Annual report of the Prince of Wales Medical College, Patna
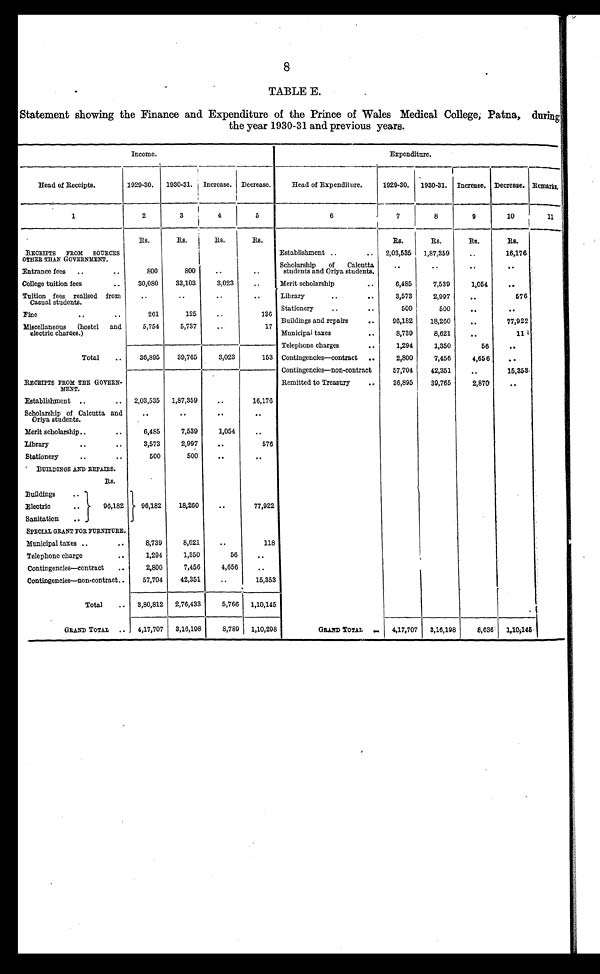
8
TABLE E.
Statement showing the Finance and Expenditure of the Prince of Wales Medical College, Patna, during
the year 1930-31 and previous years.
Income.
Expenditure.
Head of Receipts.
1929-30.
1930-31. Increase. Decrease.
Head of Expenditure.
1929-30.
1930-31. Increase. Decrease. Remarks.
1
2
3
4
5
6
7
8
9
10
1 1
Rs.
Rs.
Rs.
Rs.
Rs.
Rs.
Rs.
Rs.
RECEIPTS
FROM
SOURCES
OTHER THAN GOVERNMENT.
Establishment ..
..
2,03,535
1,87,359
..
16,176
Entrance fees
..
..
800
800
..
..
Scholarship
of
Calcutta
students and Oriya students.
..
..
..
. .
College tuition fees
..
30,080
33,103
3,023
. .
Merit scholarship
..
6,485
7,539
1,054
..
Tuition fees realised from
Casual students.
..
..
..
. .
Library
..
..
3,573
2,997
..
576
Fine
..
. .
261
125
..
136
Stationery
..
..
500
500
..
..
Miscellaneous
(hostel and
electric charges.)
5,754
5,737
..
17
Buildings and repairs
..
96,182
18,260
. .
77,922
Municipal taxes
..
8,739
8,621
..
11
Total
..
36,895
39,765
3,023
153
Telephone charges
. .
1,294
1,350
56
..
Contingencies—contract ..
2,800
7,456
4,656
. .
Contingencies—non-contract
57,704
42,351
..
15,353
RECEIPTS FROM THE GOVERN-
MENT.
Remitted to Treasury
..
36,895
39,765
2,870
..
Establishment ..
..
2,03,535
1,87,359
..
16,176
Scholarship of Calcutta and
Oriya students.
..
..
..
. .
Merit scholarship..
..
6,485
7,539
1,054
. .
Library
..
..
3,573
2,997
..
576
Stationery
..
..
500
500
. .
. .
BUILDINGS AND REPAIRS.
Rs.
Buildings
..
Electric
..
96,182
96,182
18,260
. .
77,922
Sanitation
..
SPECIAL GRANT FOR FURNITURE.
Municipal taxes ..
..
8,739
8,621
..
118
Telephone charge
..
1,294
1,350
56
. .
Contingencies—contract
..
2,800
7,456
4,656
. .
Contingencies—non-contract..
57,704
42,351
..
15,353
Total
..
3,80,812
2,76,433
5,766
1,10,145
GRAND TOTAL
..
4,17,707
3,16,198
8,789
1,10,298
GRAND TOTAL
..
4,17,707
3,16,198
8,636
1,10,145